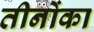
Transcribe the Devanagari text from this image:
तीनोंका